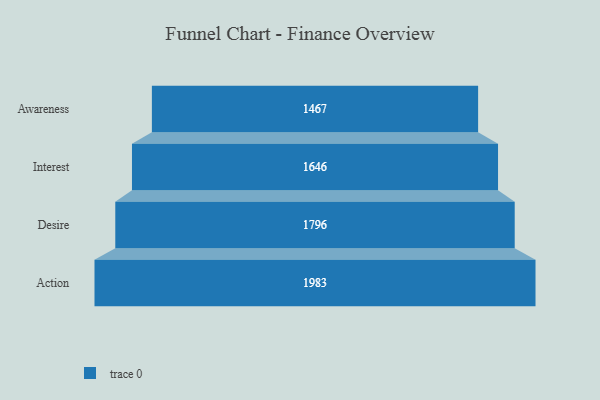
{"axis": {"x": "Stage", "y": "Value"}, "legend": [""], "data": [{"x": "Awareness", "y": 1467.0, "type": ""}, {"x": "Interest", "y": 1646.0, "type": ""}, {"x": "Desire", "y": 1796.0, "type": ""}, {"x": "Action", "y": 1983.0, "type": ""}]}